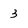
Character: 3